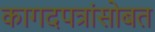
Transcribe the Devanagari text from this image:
कागदपत्रांसोबत